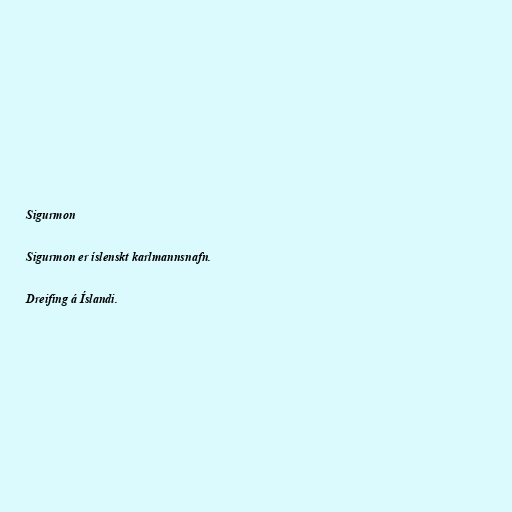
Sigurmon

Sigurmon er íslenskt karlmannsnafn.

Dreifing á Íslandi.